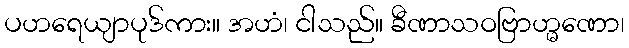
ပဟရေယျာပုဒ်ကား။ အဟံ၊ ငါသည်။ ခီဏာသဝဗြာဟ္မဏော၊